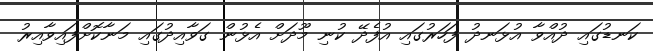
ކަނޑުގައި ދުއްވާ އުޅަނދު ފަހަރުގައި އުފެދޭ ކުނި މޫދަށް އެޅުން ގަވާއިދުގައި މަނާކޮށްފައިވާއިރު